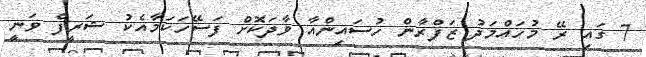
7 ގައި ރޭ މުހައްމަދު ޒަފްރާން ހުސައިންއާ ވާދަކޮށް ފަސޭހަކަމާއެކު ޝަރީފް ވަނީ